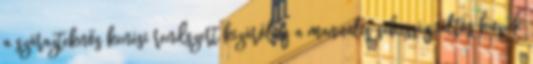
a szárazteknős kenési rendszert kizárólag a manuális sebességváltós kupék